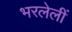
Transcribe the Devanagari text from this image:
भरलेलीं